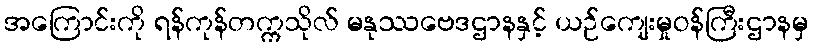
အကြောင်းကို ရန်ကုန်တက္ကသိုလ် မနုဿဗေဒဌာနနှင့် ယဉ်ကျေးမှုဝန်ကြီးဌာနမှ